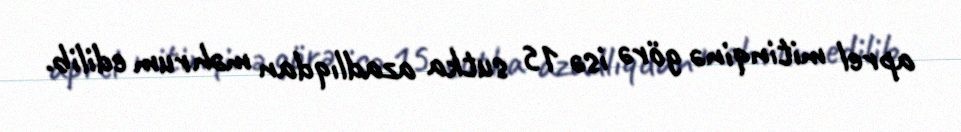
aprel mitinqinə görə isə 15 sutka azadlıqdan məhrum edilib.